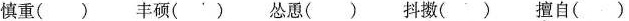
慎重() 丰硕() 怂恿() 抖擞() 擅自()